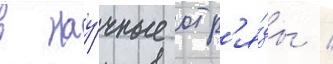
в нау́чные отр'я́ды /